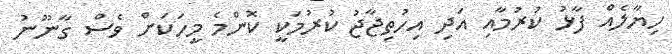
ހިޔާލެއް ފާޅު ކުރުމާއި އަދި އިހުތިޖާޖު ކުރުމަކީ ކޮންމެ މީހަކަށް ވެސް ގާނޫނު